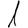
Digit: 1